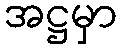
အဋ္ဌမှာ